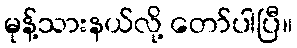
မုန့်သားနယ်လို့ တော်ပါပြီ။